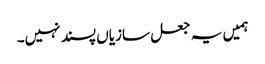
ہمیں یہ جعل سازیاں پسند نہیں۔